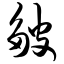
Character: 皱